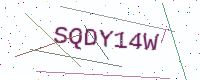
Text: SQDY14W